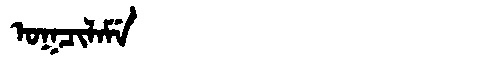
Manchu: ᠣᡴᠴᡳᠯᠠᠮᡝ
Romanization: OKCILAME